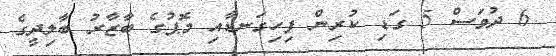
6 ދުވަސް 5 ގަޑި ކުރިން ފިހިގަނޑާއި މޮޕުގެ ބާޒާރު ބާލިދީގެ